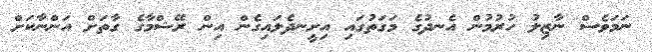
ނަމަވެސް ނާޒިލު ހުރުމުން އެނދުގެ މަގަތުގައި އިށީނދެލައިގެން އިން ރޭޝްމާގެ ގާތަށް އަންނާކަށް